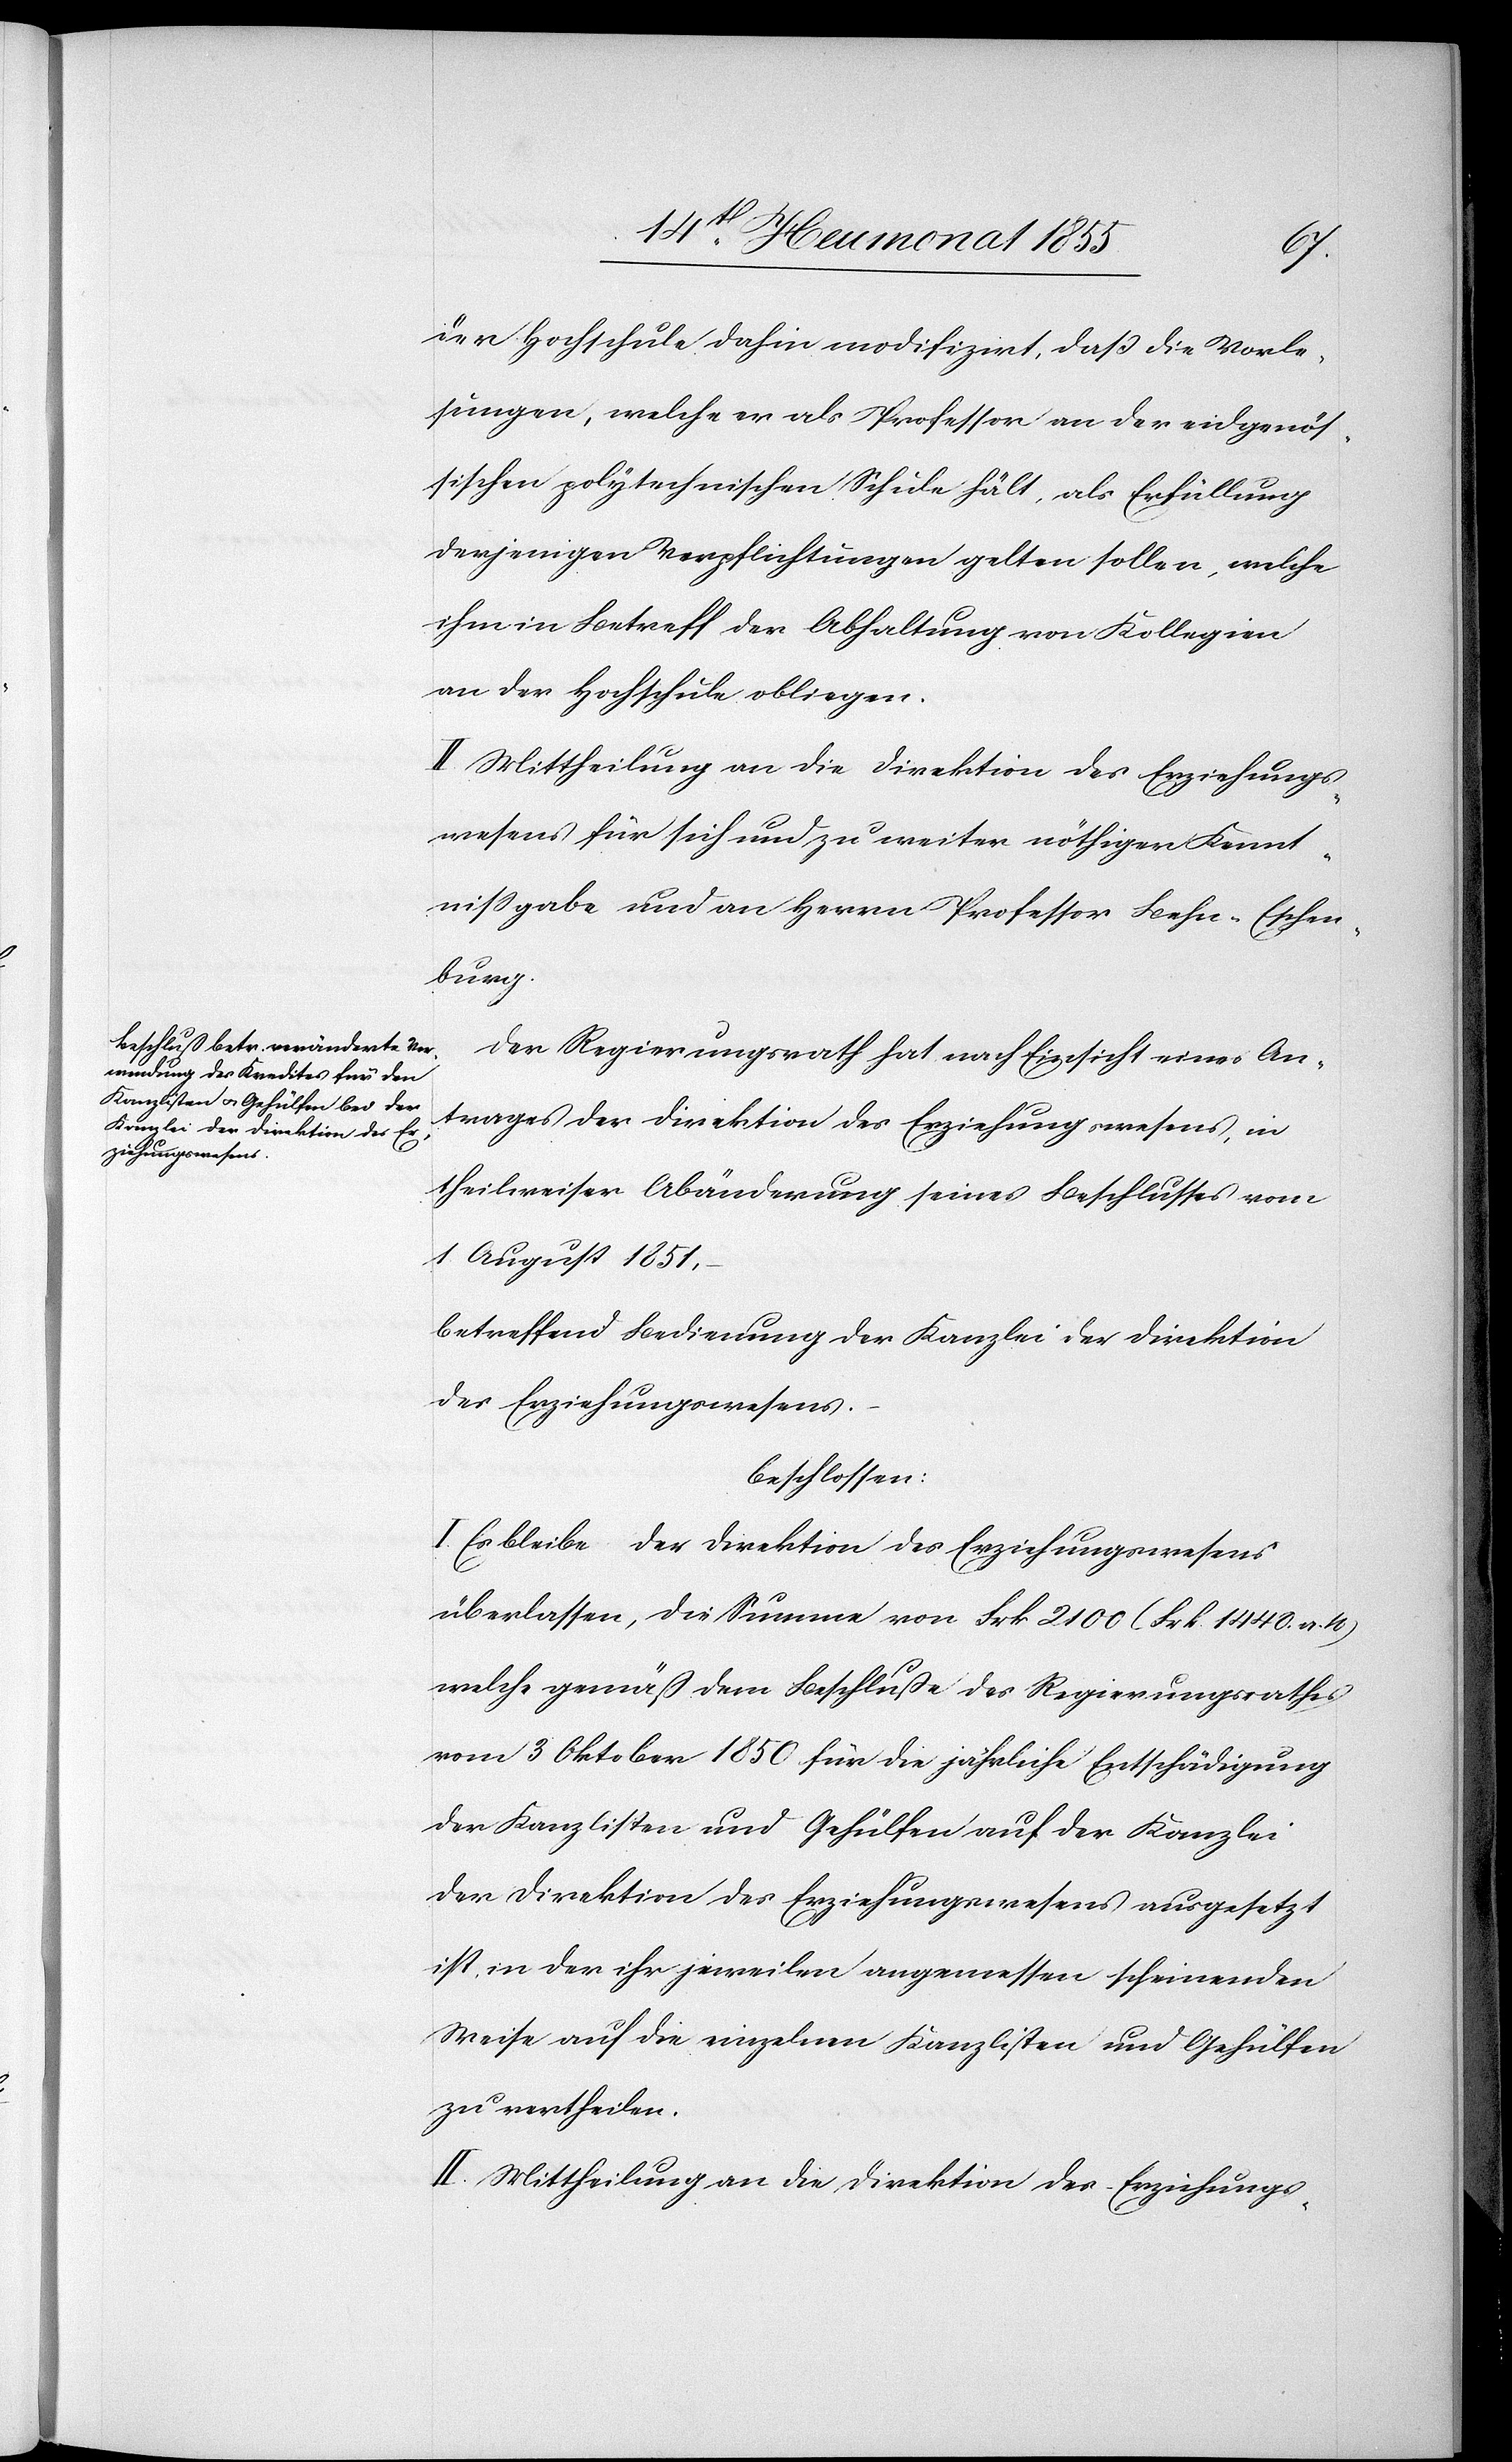
der Hochschule dahin modifizirt, daß die Vorle¬
sungen, welche er als Professor an der eidgenös¬
sischen polytechnischen Schule hält, als Erfüllung
derjenigen Verpflichtungen gelten sollen, welche
ihm in Betreff der Abhaltung von Kollegien
an der Hochschule obliegen.
II. Mittheilung an die Direktion des Erziehungs¬
wesens für sich und zu weiter nöthiger Kennt¬
nissgabe und an Herrn Professor Behn-Eschen¬
burg.
Der Regierungsrath hat nach Einsicht eines An¬
trages der Direktion des Erziehungswesens, in
theilweiser Abänderung seines Beschlusses vom
1 August 1851,
betreffend Bedienung der Kanzlei der Direktion
des Erziehungswesens.
beschlossen:
I. Es bleibe der Direktion des Erziehungswesens
überlassen, die Summe von Frk. 2100 (Frk. 1440. a.
welche gemäß dem Beschluße des Regierungsrathes
vom 3 Oktober 1850 für die jährliche Entschädigung
der Kanzlisten und Gehülfen auf der Kanzlei
der Direktion des Erziehungswesens ausgesetzt
ist, in der ihr jeweilen angemessen scheinenden
Weise auf die einzelnen Kanzlisten und Gehülfen
zu vertheilen.
II. Mittheilung an die Direktion des Erziehungs-